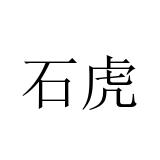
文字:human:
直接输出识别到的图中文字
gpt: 石虎